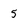
Character: 5